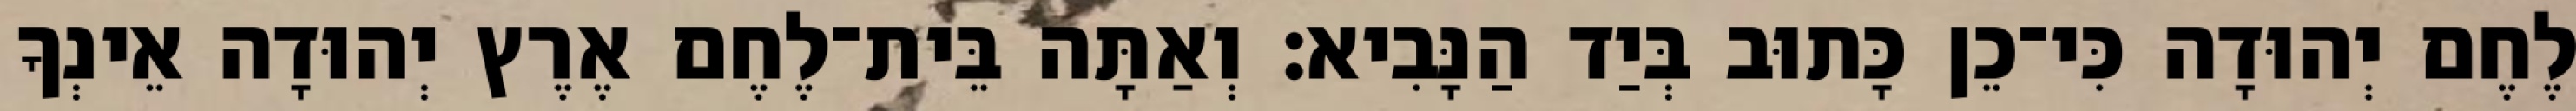
לֶחֶם יְהוּדָה כִּי־כֵן כָּתוּב בְּיַד הַנָּבִיא׃ וְאַתָּה בֵּית־לֶחֶם אֶרֶץ יְהוּדָה אֵינְךָ